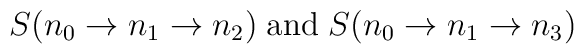
S(n_0\to n_1\to n_2)\;\mbox{and}\;S(n_0\to n_1\to  n_3)